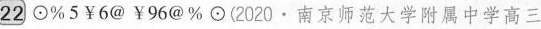
22⊙\%5￥6@￥96@\%⊙(2020·南京师范大学附属中学高三